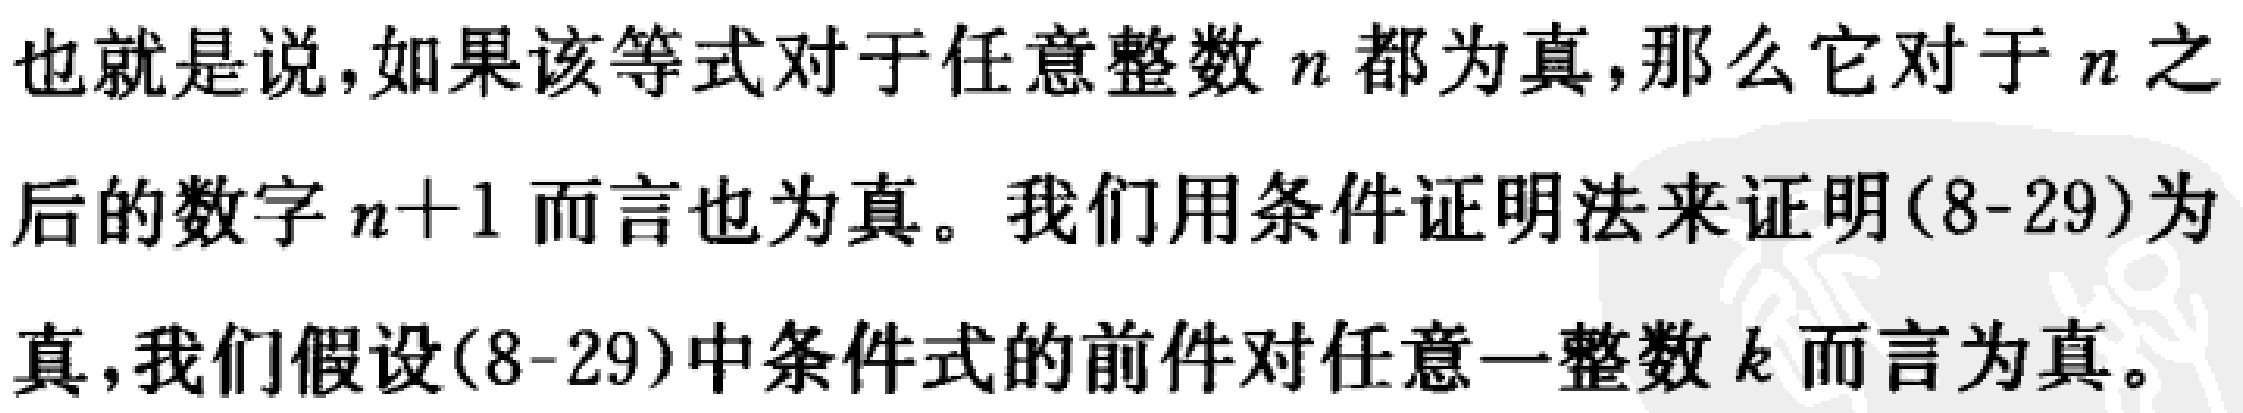
也就是说，如果该等式对于任意整数 \(n\) 都为真，那么它对于 \(n\) 之后的数字 \(n + 1\) 而言也为真。我们用条件证明法来证明(8-29)为真，我们假设(8-29)中条件式的前件对任意一整数 \(k\) 而言为真。